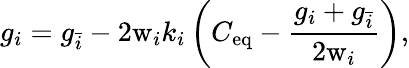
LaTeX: g_{i}=g_{\bar{i}}-2\mathrm{w}_{i}k_{i}\left(C_{\mathrm{eq}}-\frac{g_{i}+g_{\bar{i}}}{2\mathrm{w}_{i}}\right),